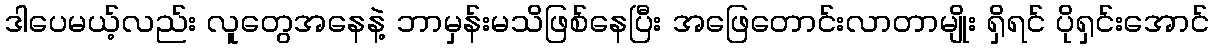
ဒါပေမယ့်လည်း လူတွေအနေနဲ့ ဘာမှန်းမသိဖြစ်နေပြီး အဖြေတောင်းလာတာမျိုး ရှိရင် ပိုရှင်းအောင်